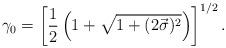
LaTeX: \begin{align*}\gamma_0 = \left[\frac{1}{2} \left(1 + \sqrt{1 + (2\vec{\sigma})^2}\right)\right]^{1/2}.\end{align*}